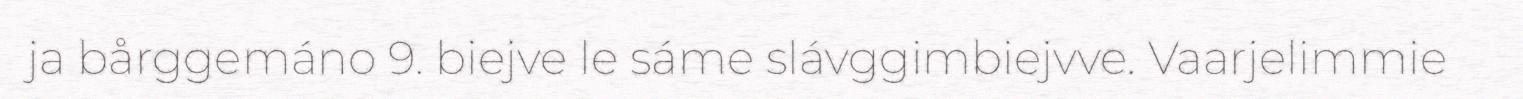
ja bårggemáno 9. biejve le sáme slávggimbiejvve. Vaarjelimmie